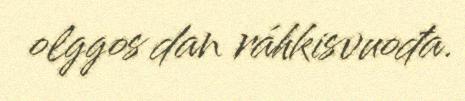
olggos dan ráhkisvuođa.